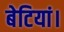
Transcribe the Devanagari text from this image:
बेटियां।